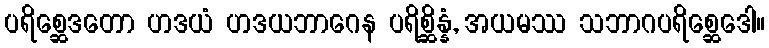
ပရိစ္ဆေဒတော ဟဒယံ ဟဒယဘာဂေန ပရိစ္ဆိန္နံ, အယမဿ သဘာဂပရိစ္ဆေဒေါ။